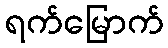
ရက်မြောက်